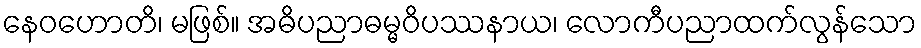
နေဝဟောတိ၊ မဖြစ်။ အဓိပညာဓမ္မဝိပဿနာယ၊ လောကီပညာထက်လွန်သော